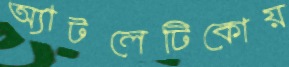
অ্যাটলেটিকোয়